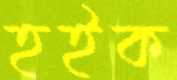
হইক